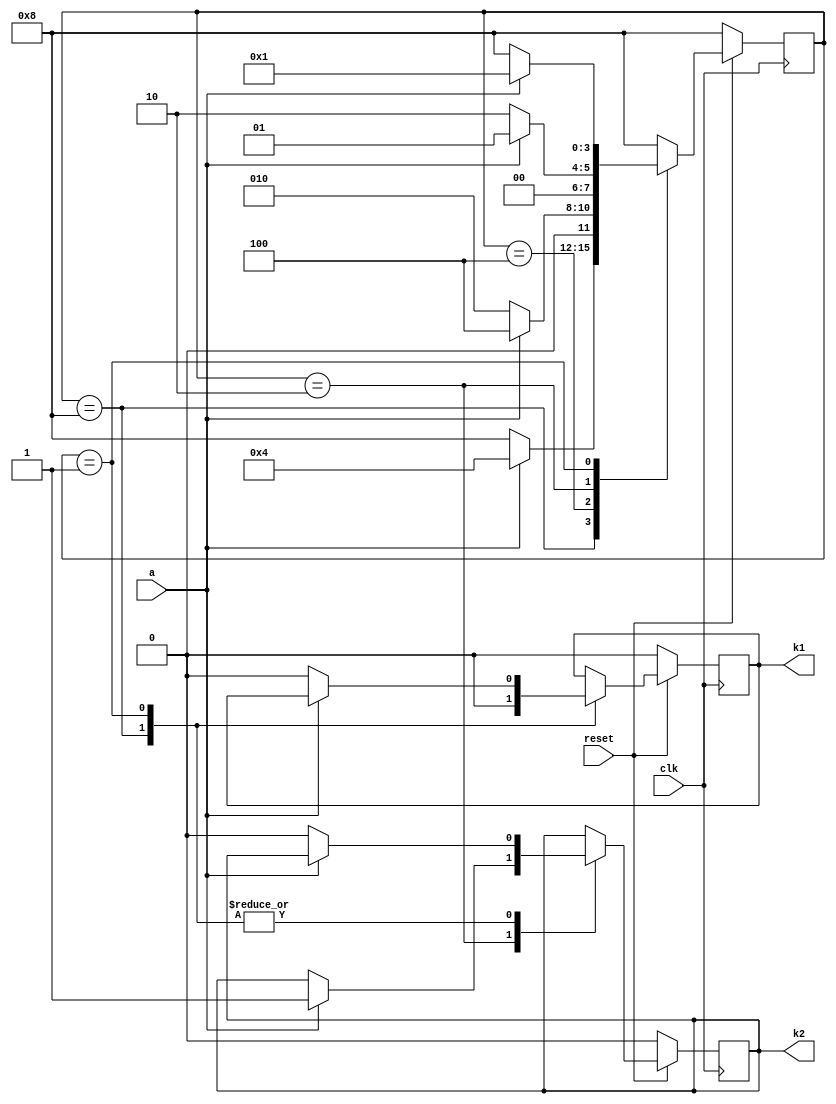
`timescale 1ns / 1ps
//////////////////////////////////////////////////////////////////////////////////
// Company: 
// Engineer: 
// 
// Design Name: 
// Module Name:    FSM 
// Project Name: 
// Target Devices: 
// Tool versions: 
// Description: 
//
// Dependencies: 
//
// Revision: 
// Revision 0.01 - File Created
// Additional Comments: 
//
//////////////////////////////////////////////////////////////////////////////////
module FSM(clk,reset,a,k1,k2);
	input clk,reset,a;
	output k1,k2;
	reg k1,k2;
	reg[3:0] state;
		parameter idle = 4'b1000,
				  start = 4'b0100,
				  stop = 4'b0010,
				  clear = 4'b0001;
					always@(posedge clk)
						if(!reset)
							begin
								state <= idle;
								k2 <= 0;
								k1 <= 0;
							end
						else
							case(state)
								idle:
									if(a)
										begin
											state <= start;
											k1 <= 0;
										end
									else
										begin
											state <= idle;
											k2 <= 0;
											k1 <= 0;
										end
								start:
									if(!a)
										state <= stop;
									else
										state <= start;
								stop:
									if(a)
										begin
											state <= clear;
											k2 <= 1;
										end
									else
										state <= stop;
								clear:
									if(!a)
										begin
											state <= idle;
											k2 <= 0;
											k1 <= 0;
										end
									else
										state <= clear;
								default:state <= idle;
							endcase
							
endmodule